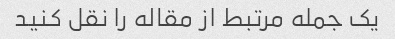
یک جمله مرتبط از مقاله را نقل کنید